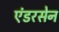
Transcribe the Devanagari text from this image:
एंडरसेन